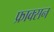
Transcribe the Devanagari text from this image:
फ्राक्सन